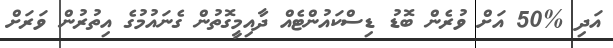
އަދި %50 އަށް ވުރެން ބޮޑު ޑިސްކައުންޓެއް ދާއިމީގޮތުން ގެނައުމުގެ އިތުރުން ވަރަށް